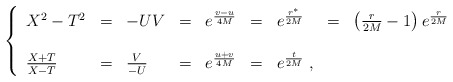
\begin{align*}\left\{\begin{array}{lllllllll}X^2-T^2&=&-UV&=&e^{{v-u\over 4M}}&=&e^{{r^{*}\over 2M}}&=&\left({r\over 2M}-1\right)e^{{r\over 2M}}\\\\\frac{X+T}{X-T}&=&\frac{V}{-U}&=&e^{{u+v\over 4M}}&=&e^{{t\over 2M}}\;,&&\end{array}\right.\end{align*}